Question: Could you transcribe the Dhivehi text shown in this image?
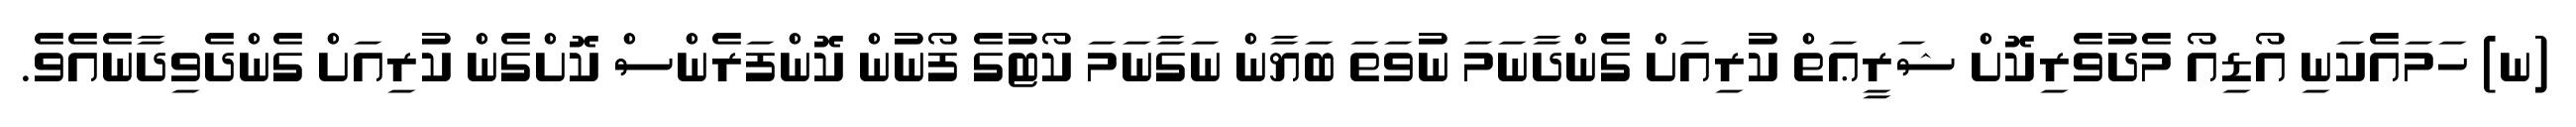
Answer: (ނ) ހަމައެކަނި އޯޑިއޯ މެދުވެރިކޮށް ޝަރީޢަތް ކުރިއަށް ގެންދާނަމަ ނުވަތަ ބަޔާން ނަގާނަމަ ކޯޓުގެ ފޯނުން ކޮންފަރެންސް ކޮށްގެން ކުރިއަށް ގެންދެވިދާނެއެވެ.